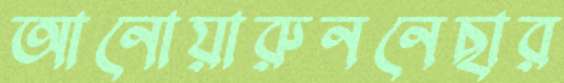
আনোয়ারুননেছার